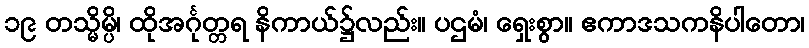
၁၉ တသ္မိမ္ပိ၊ ထိုအင်္ဂုတ္တရ နိကာယ်၌လည်း။ ပဌမံ၊ ရှေးစွာ။ ဧကာဒသကနိပါတော၊